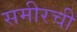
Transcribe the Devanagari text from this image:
समीरची